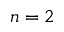
n = 2